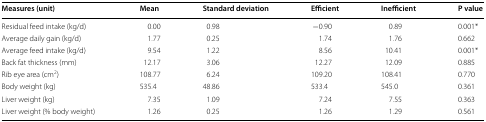
<table><thead><tr><td><b>Measures (unit)</b></td><td><b>Mean</b></td><td><b>Standard deviation</b></td><td><b>Efficient</b></td><td><b>Inefficient</b></td><td><b>P value</b></td></tr></thead><tbody><tr><td>Residual feed intake (kg/d)</td><td>0.00</td><td>0.98</td><td>−0.90</td><td>0.89</td><td>0.001*</td></tr><tr><td>Average daily gain (kg/d)</td><td>1.77</td><td>0.25</td><td>1.74</td><td>1.76</td><td>0.662</td></tr><tr><td>Average feed intake (kg/d)</td><td>9.54</td><td>1.22</td><td>8.56</td><td>10.41</td><td>0.001*</td></tr><tr><td>Back fat thickness (mm)</td><td>12.17</td><td>3.06</td><td>12.27</td><td>12.09</td><td>0.885</td></tr><tr><td>Rib eye area (cm<sup>2</sup>)</td><td>108.77</td><td>6.24</td><td>109.20</td><td>108.41</td><td>0.770</td></tr><tr><td>Body weight (kg)</td><td>535.4</td><td>48.86</td><td>533.4</td><td>545.0</td><td>0.361</td></tr><tr><td>Liver weight (kg)</td><td>7.35</td><td>1.09</td><td>7.24</td><td>7.55</td><td>0.363</td></tr><tr><td>Liver weight (% body weight)</td><td>1.26</td><td>0.25</td><td>1.26</td><td>1.29</td><td>0.561</td></tr></tbody></table>